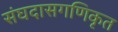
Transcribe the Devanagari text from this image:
संघदासगणिकृत